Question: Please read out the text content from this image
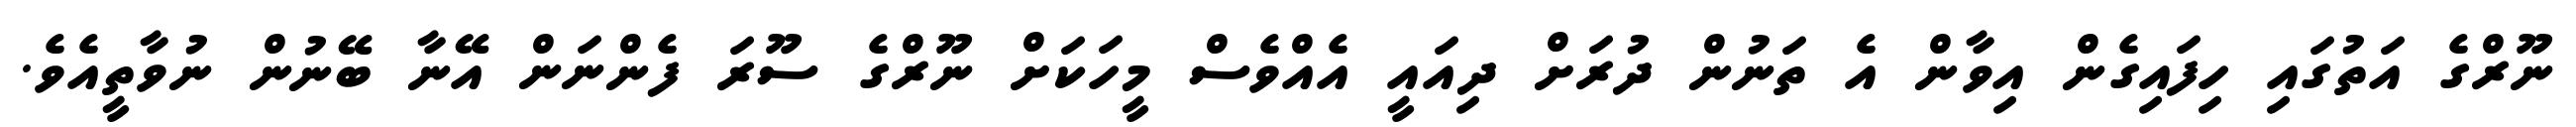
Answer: ނޫރްގެ އަތުގައި ހިފައިގެން އިވާން އެ ތަނުން ދުރަށް ދިއައީ އެއްވެސް މީހަކަށް ނޫރްގެ ސޫރަ ފެންނަން އޭނާ ބޭނުން ނުވާތީއެވެ.